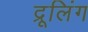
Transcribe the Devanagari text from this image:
द्रूलिंग